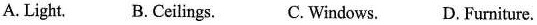
A. Light. B. Ceilings. C.Windows. D. Fumiture.